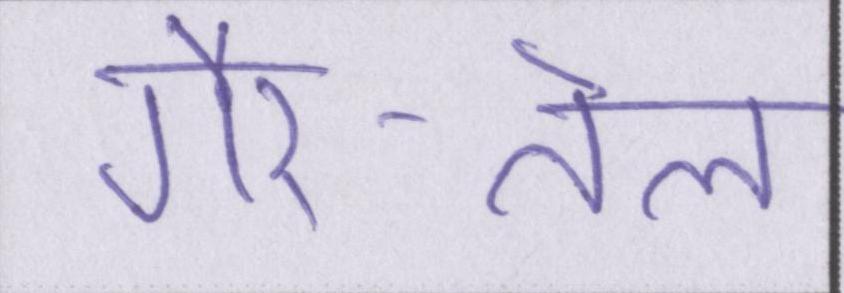
गैर-तेल